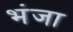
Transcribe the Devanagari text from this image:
भंजा